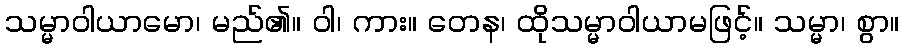
သမ္မာဝါယာမော၊ မည်၏။ ဝါ၊ ကား။ တေန၊ ထိုသမ္မာဝါယာမဖြင့်။ သမ္မာ၊ စွာ။